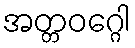
အတ္တဝဂ္ဂေါ